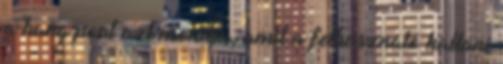
a hang pont azt mondja, amit a felhasználó hallani